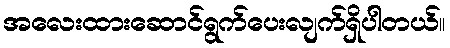
အလေးထားဆောင်ရွက်ပေးလျက်ရှိပါတယ်။